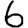
Digit: 6